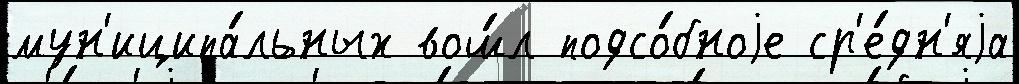
мун'иципа́льных вош́л подсо́бноjе ср'е́дн'яjа